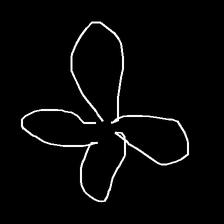
Glyph: billowing